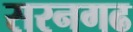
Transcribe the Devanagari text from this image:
सरनगढ